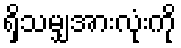
ရှိသမျှအားလုံးကို